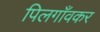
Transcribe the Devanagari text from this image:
पिलगाँवकर